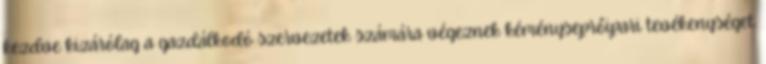
kezdve kizárólag a gazdálkodó szervezetek számára végeznek kéményseprőipari tevékenységet.